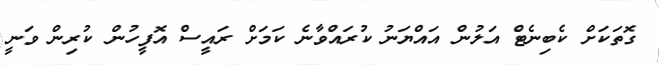
ގޮތަކަށް ކެބިނެޓް އަލުން އައްޔަނު ކުރައްވާނެ ކަމަށް ރައީސް އޮފީހުން ކުރިން ވަނީ